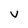
Character: V